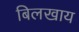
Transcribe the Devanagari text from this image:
बिलखाय